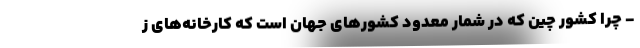
- چرا کشور چین که در شمار معدود کشورهای جهان است که کارخانه‌های ز